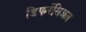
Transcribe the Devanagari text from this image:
डिफरेंसिअल